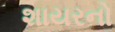
શાયરનો